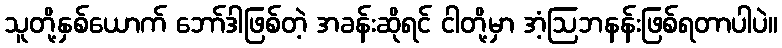
သူတို့နှစ်ယောက် ဘော်ဒါဖြစ်တဲ့ အခန်းဆိုရင် ငါတို့မှာ အံ့ဩဘနန်းဖြစ်ရတာပါပဲ။